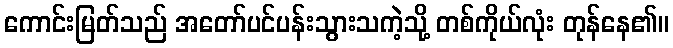
ကောင်းမြတ်သည် အတော်ပင်ပန်းသွားသကဲ့သို့ တစ်ကိုယ်လုံး တုန်နေ၏။